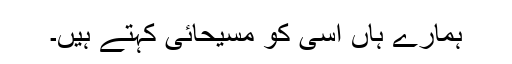
ہمارے ہاں اسی کو مسیحائی کہتے ہیں۔